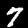
Digit: 7